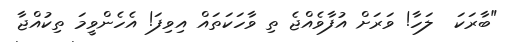
"ބާރަކަ  ލަހާ! ވަރަށް އުފާވެއްޖެ ތި ވާހަކަތައް އިވިފަ! އެހެންވީމަ ތިކުއްޖާ